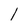
Character: l